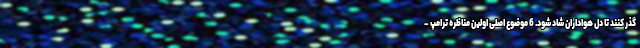
گذر کنند تا دل هواداران شاد شود. 6 موضوع اصلی اولین مناظره ترامپ –